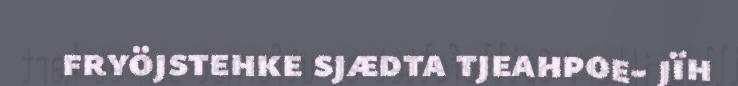
fryöjstehke sjædta tjeahpoe- jïh